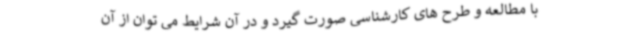
با مطالعه و طرح های کارشناسی صورت گیرد و در آن شرایط می توان از آن